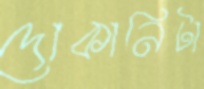
দোকানিটা